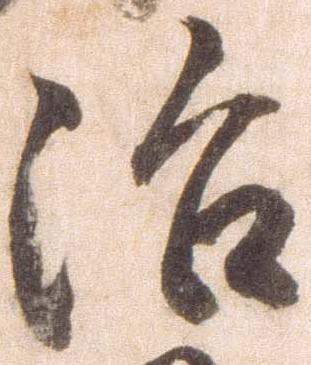
治